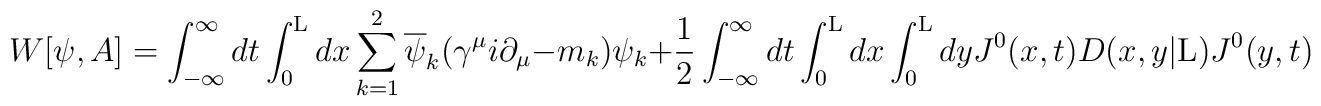
W[{\psi},A] = \int_{- \infty}^{\infty} dt \int_{0}^{\rm L} dx\sum_{k=1}^{2}  \overline{\psi}_k ({\gamma}^{\mu} i{\partial}_{\mu} - m_k) {\psi}_k + \frac{1}{2}\int_{- \infty}^{\infty} dt \int_{0}^{\rm L} dx \int_{0}^{\rm L}dy J^0(x,t) D(x,y|{\rm L}) J^0(y,t)